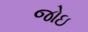
જોઇ